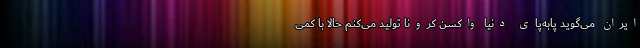
ایران می‌گوید پابه‌پای دنیا واکسن کرونا تولید می‌کنم حالا با کمی